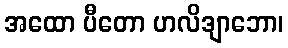
အထော ပီတော ဟလိဒျာဘော၊